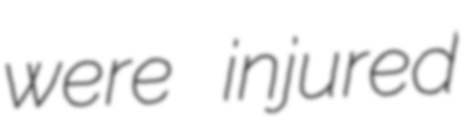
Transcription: were injured